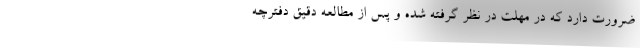
ضرورت دارد که در مهلت در نظر گرفته شده و پس از مطالعه دقیق دفترچه